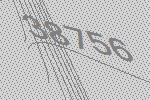
38756